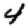
Digit: 4